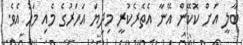
ބާލީ އަށް ކޮކޭން އޭނާ އެތެރެކުރީ މިދިޔަ އަހަރުގެ މެއި މަހު އެވެ.